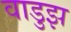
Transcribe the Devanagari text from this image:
वाडुझ